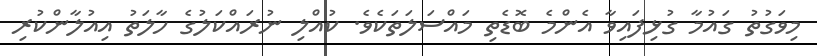
މިވަގުތު ގައުމާ ގުޅިފައިވާ އެންމެ ބޮޑެތި މައްސަލަތަކެވެ. ކުއްލި ނުރައްކަލުގެ ހާލަތު އިއުލާންކުރި